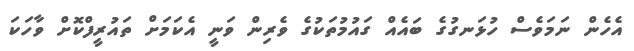
އެހެން ނަމަވެސް ހުޅަނގުގެ ބައެއް ގައުމުތަކުގެ ވެރިން ވަނީ އެކަމަށް ތައުރީފްކޮށް ވާހަކަ